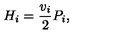
H _ { i } = \frac { v _ { i } } { 2 } P _ { i } ,